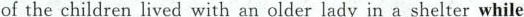
of the children lived with an older lady in a shelter while